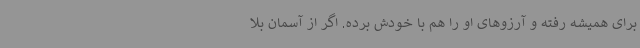
برای همیشه رفته و آرزوهای او را هم با خودش برده. اگر از آسمان بلا